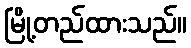
မြို့တည်ထားသည်။